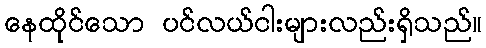
နေထိုင်သော ပင်လယ်ငါးများလည်းရှိသည်။